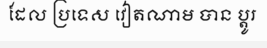
ដែល ប្រទេស វៀតណាម បាន ប្តូរ